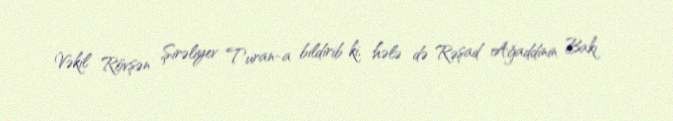
Vəkil Rövşən Şirəliyev Turan-a bildirib ki, hələ də Rəşad Ağaddinin Bakı